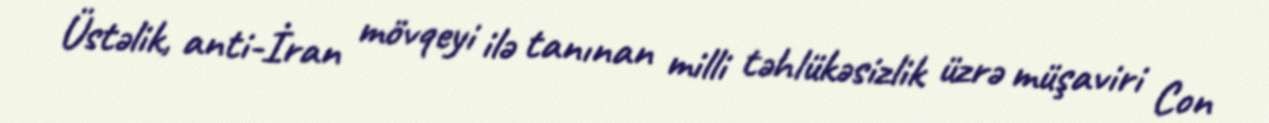
Üstəlik, anti-İran mövqeyi ilə tanınan milli təhlükəsizlik üzrə müşaviri Con